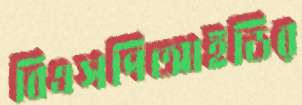
বিএসপিআইডির